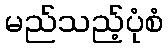
မည်သည့်ပုံစံ